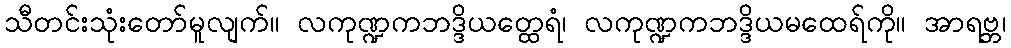
သီတင်းသုံးတော်မူလျက်။ လကုဏ္ဍကဘဒ္ဒိယတ္ထေရံ၊ လကုဏ္ဍကဘဒ္ဒိယမထေရ်ကို။ အာရဗ္ဘ၊